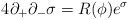
\begin{align*}4\partial_{+} \partial_{-} \sigma =R(\phi) e^{\sigma}\end{align*}